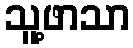
သူ့ဖာသာ